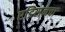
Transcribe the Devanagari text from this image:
एडिसनचा